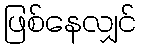
ဖြစ်နေလျှင်